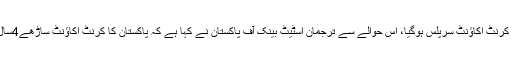
تفصیلات کے مطابق حکومت کے مؤثر معاشی اقدامات کے باعث پاکستان کا کرنٹ اکاؤنٹ سرپلس ہوگیا، اس حوالے سے ترجمان اسٹیٹ بینک آف پاکستان نے کہا ہے کہ پاکستان کا کرنٹ اکاؤنٹ ساڑھے4سال بعد سر پلس ہوا، اکتوبر میں کرنٹ اکاؤنٹ 9 کروڑ 90 لاکھ ڈالرسرپلس رہا۔